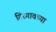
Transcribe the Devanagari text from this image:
गिरगावच्या